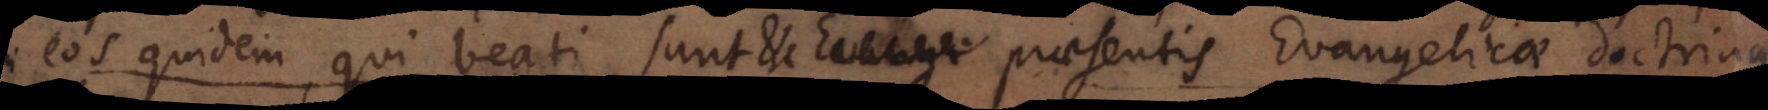
eos quidem, qui beati sunt etc. praesentis Evangelicae doctrinae